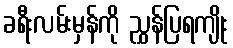
ခရီးလမ်းမှန်ကို ညွှန်ပြရကျိုး